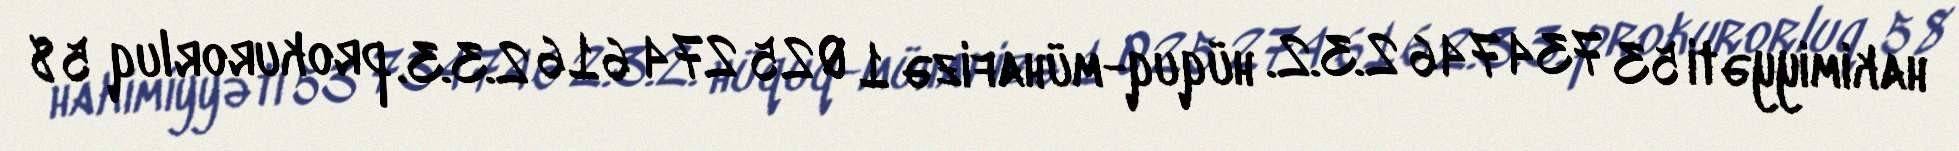
hakimiyyəti 53 734 746 2.3.2. hüquq-mühafizə 1 025 274 616 2.3.3. prokurorluq 58